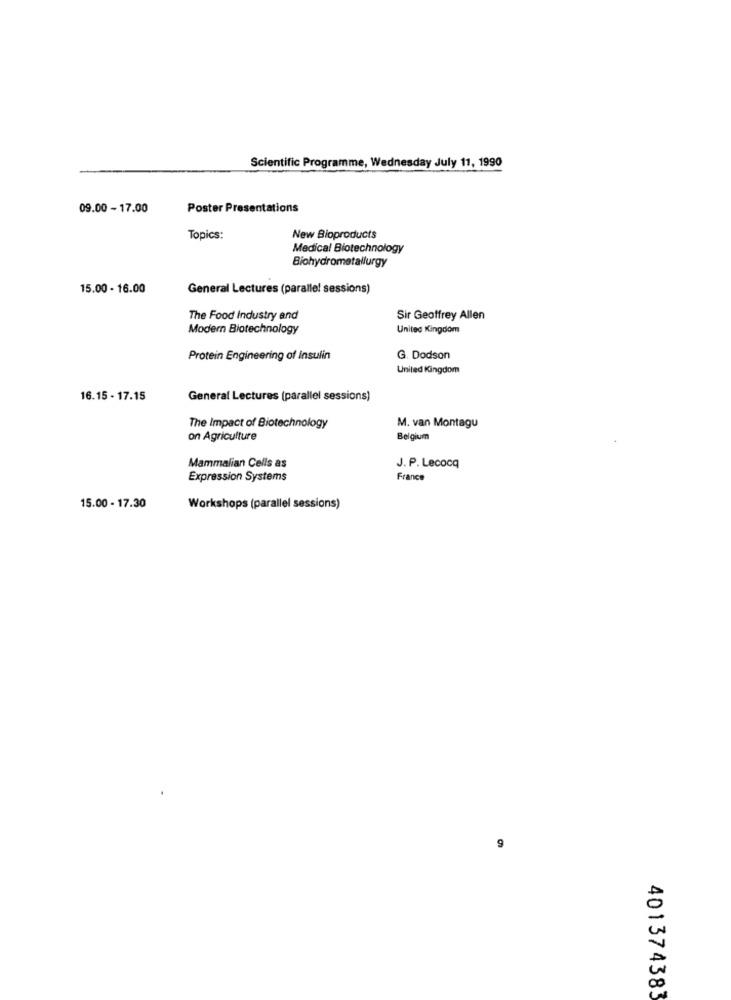
Scientific Programme, Wednesday July 11, 1990
09.00 - 17.00
Poster Presentations
Topics:
New Bioproducts
Medical Biotechnology
Biohydrometallurgy
15.00 - 16.00
General Lectures (parallel sessions)
The Food Industry and
Sir Geoffrey Allen
Modern Biotechnology
United Kingdom
Protein Engineering of Insulin
G. Dodson
United Kingdom
16.15 - 17.15
General Lectures (parallel sessions)
The Impact of Biotechnology
M. van Montagu
on Agriculture
Belgium
Mammalian Cells as
J. P. Lecocq
Expression Systems
France
15.00 - 17.30
Workshops (parallel sessions)
9
401374383